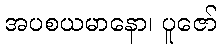
အပစယမာနော၊ ပူဇော်